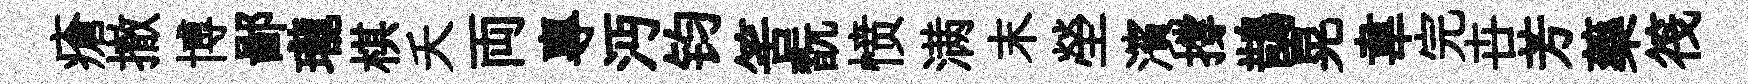
瘡撤博鄙瓏棋夭両專沔钧筈翫愤满末塋濱撐鵲晃韋完卋芳藥筏